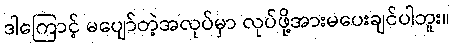
ဒါကြောင့် မပျော်တဲ့အလုပ်မှာ လုပ်ဖို့အားမပေးချင်ပါဘူး။